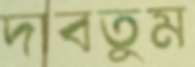
দাবতুম